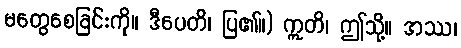
မတွေစေခြင်းကို။ ဒီပေတိ၊ ပြ၏။) ဣတိ၊ ဤသို့။ အဿ၊